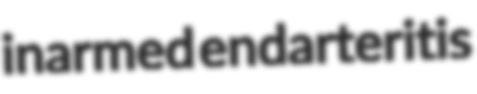
inarmed endarteritis